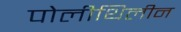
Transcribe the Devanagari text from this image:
पोलीथिलीन